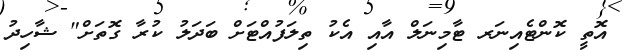
އޮތީ ކޮންޓެއިނަރ ޓާމިނަލް އާއި އެކު ތިލަފުއްޓަށް ބަދަލު ކުރާ ގޮތަށް" ޝާހިދު